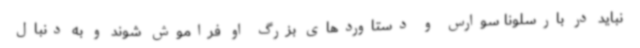
نباید در بارسلونا سوارس و دستاوردهای بزرگ او فراموش شوند و به دنبال